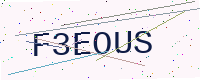
Text: F3EOUS